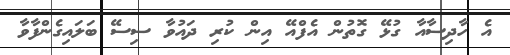
އެ ހާދިސާއާ ގުޅޭ ގޮތުން އެފްއޭ އިން ކުރި ދައުވާ ސިސޭ ބަލައިގެންފާވާ